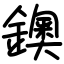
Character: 鐭